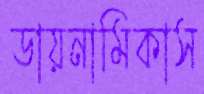
ডায়নামিকাস